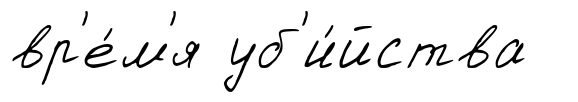
вр'е́м'я уб'и́йства